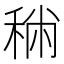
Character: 𥞻